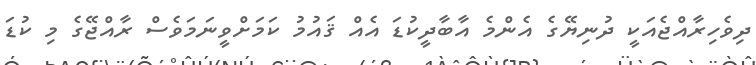
ދިވެހިރާއްޖެއަކީ ދުނިޔޭގެ އެންމެ އާބާދީކުޑަ އެއް ޤައުމު ކަމަށްވީނަމަވެސް ރާއްޖޭގެ މި ކުޑަ